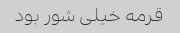
قرمه خیلی شور بود